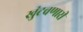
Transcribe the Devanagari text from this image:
खुंटवणारी